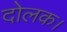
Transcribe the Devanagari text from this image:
दोलक।